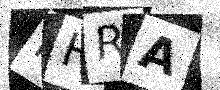
Text: MHRA